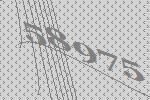
58975